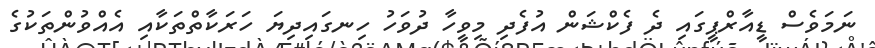
ނަމަވެސް ޑީއާރްޕީގައި ދެ ފެކްޝަން އުފެދި މިވީހާ ދުވަހު ހިނގައިދިޔަ ހަރަކާތްތަކާއި އެއްވުންތަކުގެ